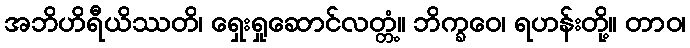
အဘိဟိရီယိဿတိ၊ ရှေးရှုဆောင်လတ္တံ့။ ဘိက္ခဝေ၊ ရဟန်းတို့။ တာဝ၊